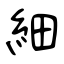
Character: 細